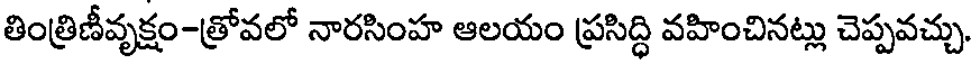
తింత్రిణీవృక్షం-త్రోవలో నారసింహ ఆలయం ప్రసిద్ధి వహించినట్లు చెప్పవచ్చు.